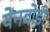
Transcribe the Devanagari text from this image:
येनबोडी